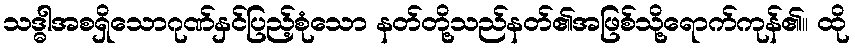
သဒ္ဓါအစရှိသောဂုဏ်နှင်ပြည့်စုံသော နတ်တို့သည်နတ်၏အဖြစ်သို့ရောက်ကုန်၏။ ထို